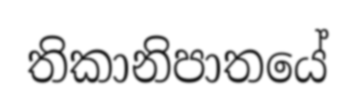
තිකානිපාතයේ